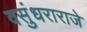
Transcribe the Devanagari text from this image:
वसुंधराराजे